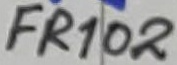
Text: FR102